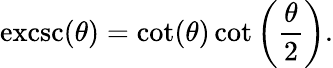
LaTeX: \operatorname{excsc}(\theta)=\cot(\theta)\cot\left({\frac{\theta}{2}}\right).